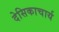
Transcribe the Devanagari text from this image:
देसिकाचार्य